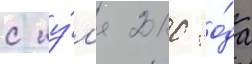
с иу́л'я 2010 го́да